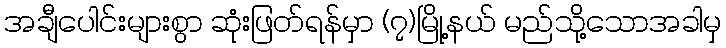
အချီပေါင်းများစွာ ဆုံးဖြတ်ရန်မှာ (၇)မြို့နယ် မည်သို့သောအခါမှ